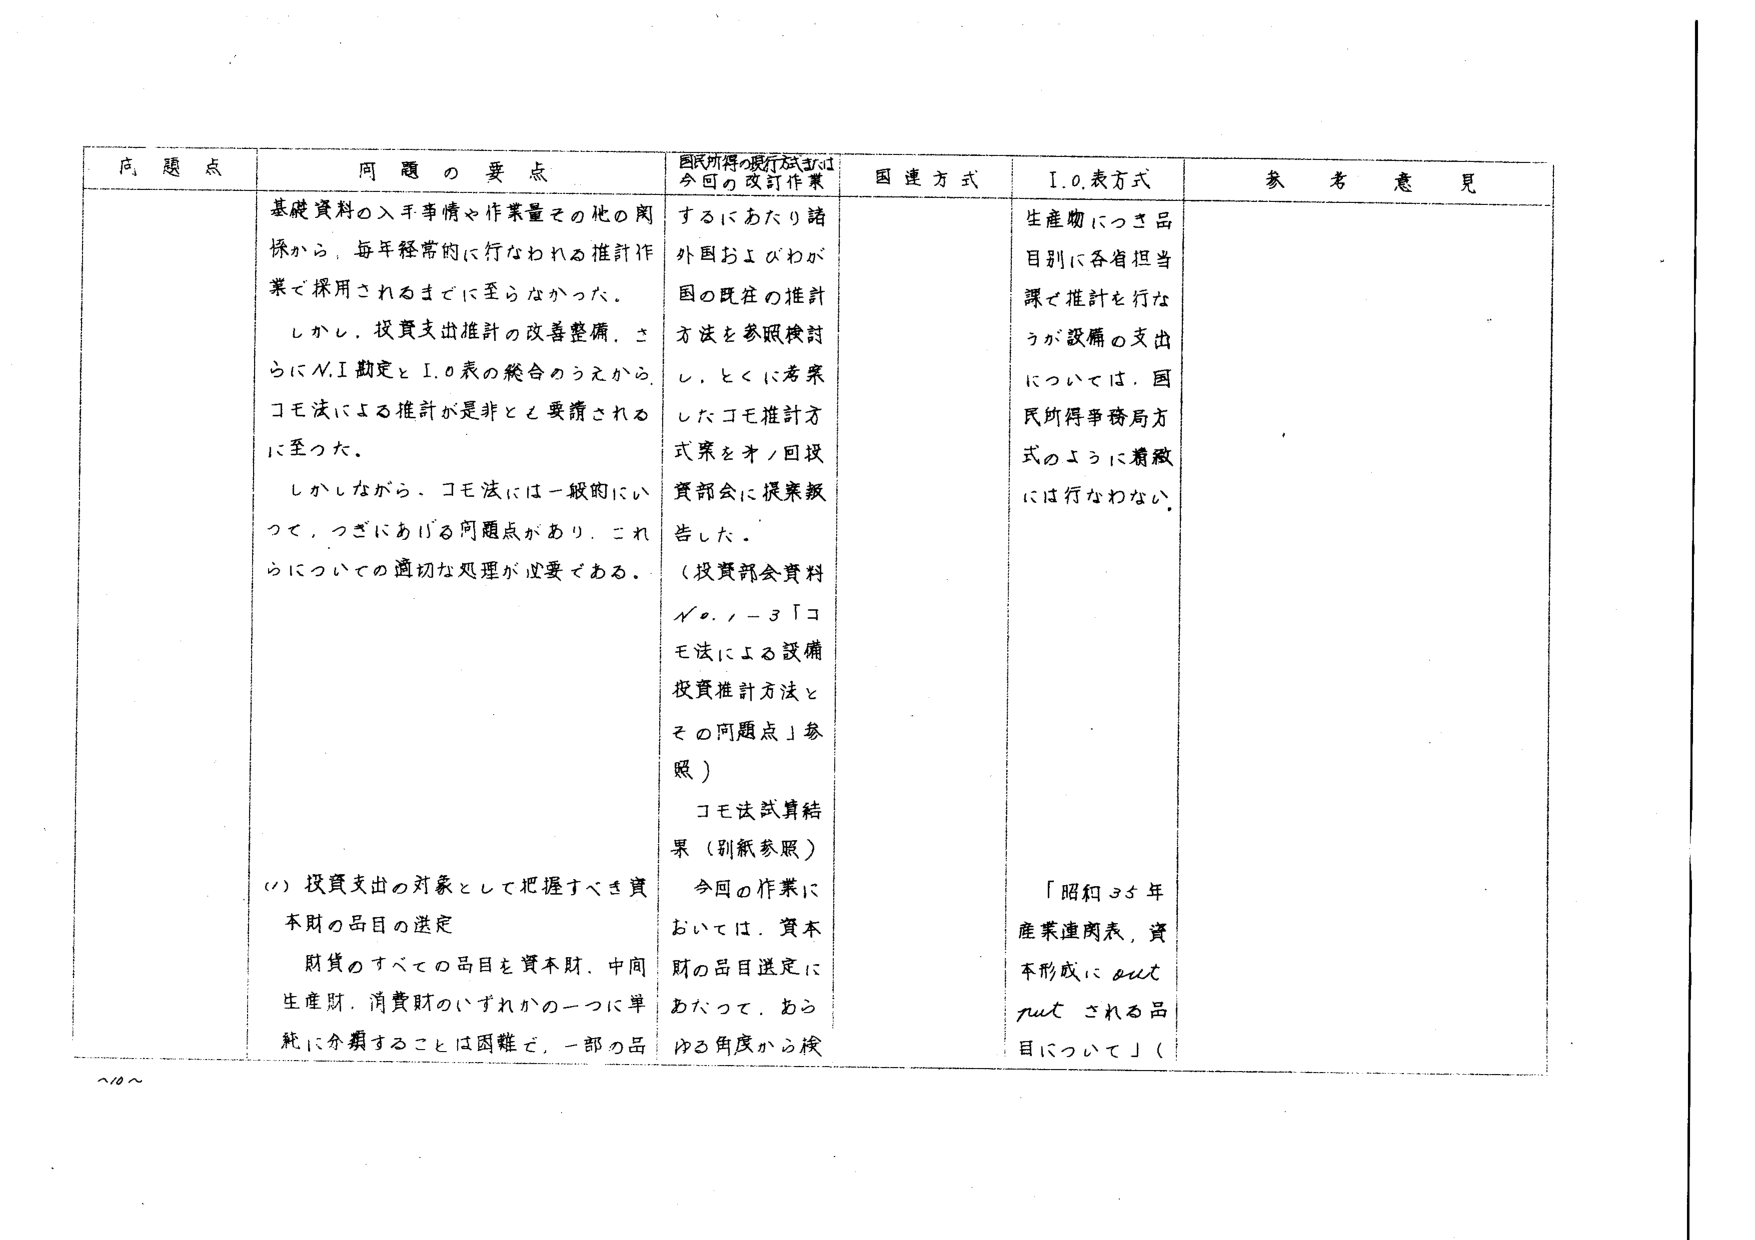
問題点 問題の要点 国民所得の現行方式および今回の改訂作業 国連方式 I.O.表方式 参考意見 基礎資料の入手事情や作業量その他の関係から、毎年経常的に行なわれる推計作業で採用されるまでに至らなかった。 しかし、投資支出推計の改善整備、さらにベ.Ｉ勘定とI.O表の総合のうえからコモ法による推計が是非と要請されるに至った。 しかしながら、コモ法には一般的にいって、つぎにあげる問題点があり、これらについての適切な処理が必要である。 するにあたり諸外国およびわが国の既往の推計方法を参照検討し、とくに考案したコモ推計方式案をオノ回投資部会に提案報告した。 （投資部会資料 ノ.／－３「コモ法による設備投資推計方法とその問題点」参照） コモ法試算結果（別紙参照） 今回の作業においては、資本財の品目選定にあたって、あらゆる角度から検 生産物につき品目別に各省担当課で推計を行なうが設備の支出については、国民所得事務局方式のように精緻には行なわない。 （Ⅰ）投資支出の対象として把握すべき資本財の品目の選定 財貨のすべての品目を資本財、中間生産財、消費財のいずれかの一つに単純に分類することは困難で、一部の品 「昭和35年産業連関表、資本形成にout putされる品目について」（ ~10~